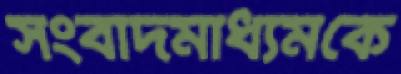
সংবাদমাধ্যমকে